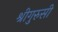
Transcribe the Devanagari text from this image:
श्रीगुरुसी